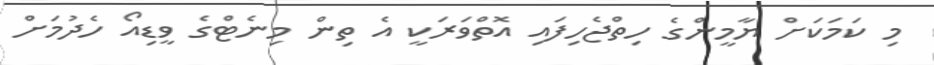
މި ކަމަކަށް ޔާމީންގެ ހިތްޖެހިފައި އޮތްވަރަކީ އެ ތިން މިނެޓްގެ ވީޑިއޯ ހެދުމަށް